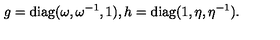
g = { \mathrm { d i a g } } ( \omega , \omega ^ { - 1 } , 1 ) , h = { \mathrm { d i a g } } ( 1 , \eta , \eta ^ { - 1 } ) .